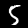
Label: 5